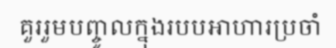
គួររួមបញ្ចូលក្នុងរបបអាហារប្រចាំ